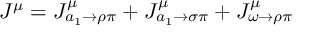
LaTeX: J ^ { \mu } = J _ { a _ { 1 } \rightarrow \rho \pi } ^ { \mu } + J _ { a _ { 1 } \rightarrow \sigma \pi } ^ { \mu } + J _ { \omega \rightarrow \rho \pi } ^ { \mu }